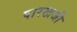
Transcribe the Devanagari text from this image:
पारखजी